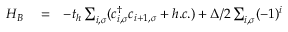
\begin{array} { r l r } { { \cal H } _ { B } } & { { } = } & { - t _ { h } \sum _ { i , \sigma } ( c _ { i , \sigma } ^ { \dagger } c _ { i + 1 , \sigma } + h . c . ) + \Delta / 2 \sum _ { i , \sigma } ( - 1 ) ^ { i } } \end{array}